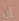
إن